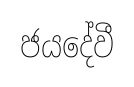
ජයදේවී